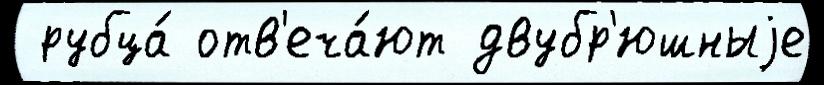
 рубца́ отв'еча́ют двубр'юшныjе